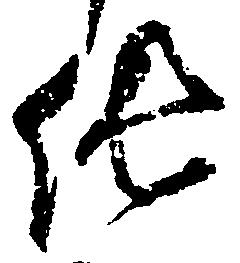
純